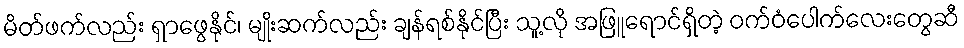
မိတ်ဖက်လည်း ရှာဖွေနိုင်၊ မျိုးဆက်လည်း ချန်ရစ်နိုင်ပြီး သူ့လို အဖြူရောင်ရှိတဲ့ ဝက်ဝံပေါက်လေးတွေဆီ